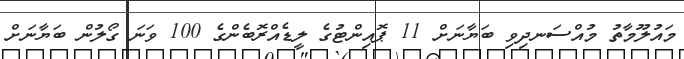
މައުލޫމާތު މުއްސަނދިވި ބަޔާނަށް 11 ޕޮއިންޓުގެ ލީޑެއްރޮބެންގެ 100 ވަނަ ގޯލުން ބަޔާނަށް